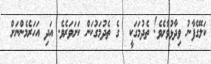
ކަލޭގެފާނު ވިދާޅުވާށެވެ! ތެދުމަގަކީ  ގެ ތެދުމަގުކަން ކަށަވަރެވެ. އަދި އަހަރެމެންނަށް